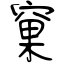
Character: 窠